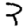
Digit: 3